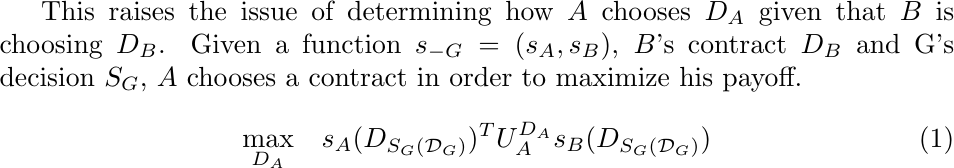
This raises the issue of determining how $A$ chooses $D_A$ given that $B$ is choosing $D_B$. Given a function $s_{-G}=(s_A,s_B)$, $B$'s contract $D_B$ and G's decision $S_G$, $A$ chooses a contract in order to maximize his payoff. \begin{align}\label{AsNprob}
\max_{D_A} &\quad  s_A(D_{S_G(\mathcal{D}_G)})^T U_A^{D_A}s_B(D_{S_G(\mathcal{D}_G)})
\end{align}